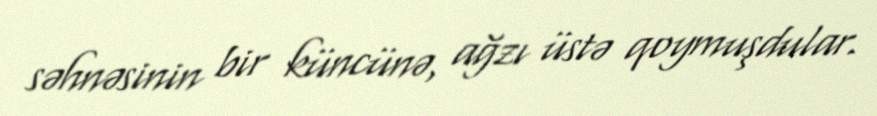
səhnəsinin bir küncünə, ağzı üstə qoymuşdular.